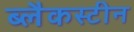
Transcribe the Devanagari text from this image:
ब्लैकस्टीन